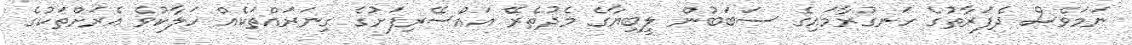
ނަމަވެސް ދެފަރާތުގެ ހަނގުރާމައިގެ ސަބަބުން ލީބިޔާގެ މެދުތެރޭ އައްސޭރިފަށުގެ ގިނަރައްތަކެއް ހަލާކުވެ އެރަށްތަކުގެ